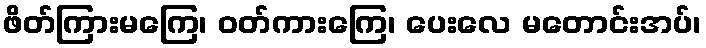
ဖိတ်ကြားမကြေ၊ ဝတ်ကားကြေ၊ ပေးလေ မတောင်းအပ်၊